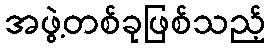
အဖွဲ့တစ်ခုဖြစ်သည့်